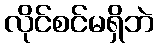
လိုင်စင်မရှိဘဲ